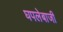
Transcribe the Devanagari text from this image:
घपलेबाजी